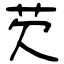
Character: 芡